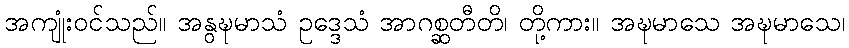
အကျုံးဝင်သည်။ အနွဍ္ဎမာသံ ဥဒ္ဒေသံ အာဂစ္ဆတီတိ၊ တို့ကား။ အဍ္ဎမာသေ အဍ္ဎမာသေ၊